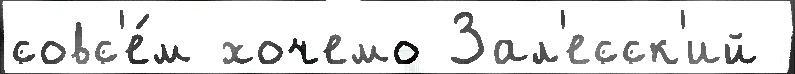
совс'е́м хочемо Зал'есск'ий